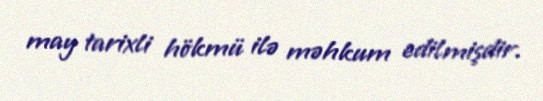
may tarixli hökmü ilə məhkum edilmişdir.